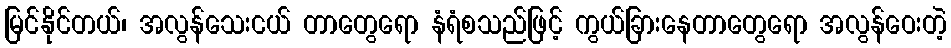
မြင်နိုင်တယ်၊ အလွန်သေးငယ် တာတွေရော နံရံစသည်ဖြင့် ကွယ်ခြားနေတာတွေရော အလွန်ဝေးတဲ့